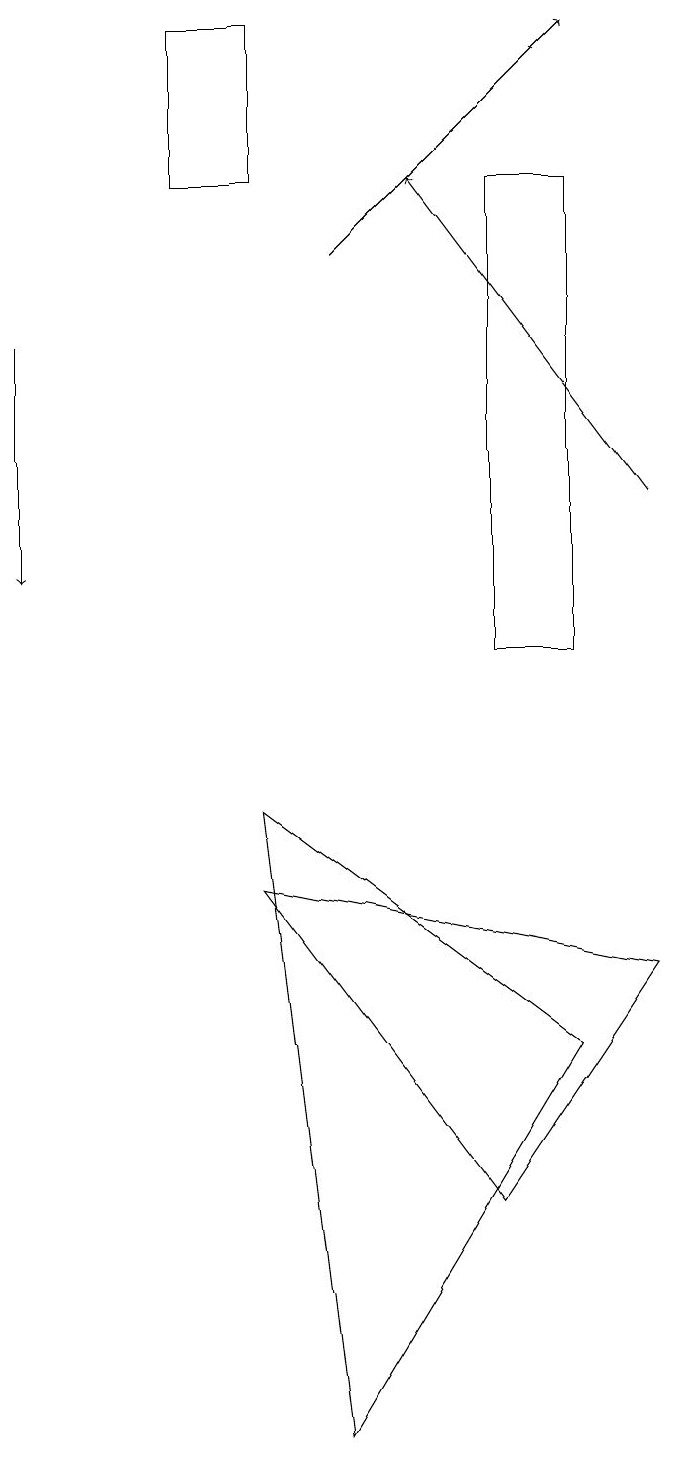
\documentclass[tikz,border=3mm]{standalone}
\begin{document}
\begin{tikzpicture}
\draw[->] (1,14) -- (1,11);
\draw (7,3) -- (9,6) -- (4,7) -- cycle;
\draw (3,16) rectangle (4,18);
\draw (5,0) -- (8,5) -- (4,8) -- cycle;
\draw (8,16) rectangle (7,10);
\draw[->] (5,15) -- (8,18);
\draw[->] (9,12) -- (6,16);
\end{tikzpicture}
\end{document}